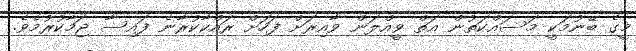
މީގެ ބޭނުމަކީ މަސައްކަތުން އަތް ވީއްލަން ވާއިރަށް ފަހަށް ރައްކާކުރާނެ ފައިސާ ޖަމާކުރުމެވެ.